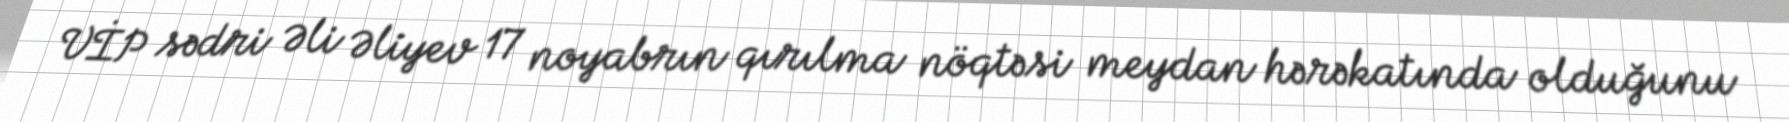
VİP sədri Əli Əliyev 17 noyabrın qırılma nöqtəsi meydan hərəkatında olduğunu